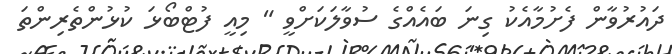
ދައުރުވާން ފެށުމާއެކު ގިނަ ބައެއްގެ ސުވާލަކަށްވީ " މިއީ ފުޓްބޯޅަ ކުޅުންތެރިންތަ